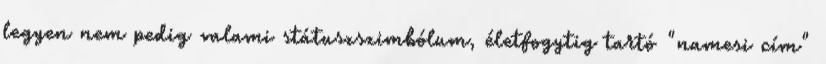
legyen nem pedig valami státuszszimbólum, életfogytig tartó "namesi cím"